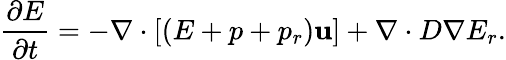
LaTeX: \frac{\partial E}{\partial t}=-\nabla\cdot\left[(E+p+p_{r})\mathbf{u}\right]+\nabla\cdot D\nabla E_{r}.